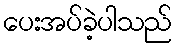
ပေးအပ်ခဲ့ပါသည်